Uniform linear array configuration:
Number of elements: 48
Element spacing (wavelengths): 0.25
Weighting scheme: cosine
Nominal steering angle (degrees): -15
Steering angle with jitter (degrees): -16.361
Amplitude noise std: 0.05
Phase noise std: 0.05

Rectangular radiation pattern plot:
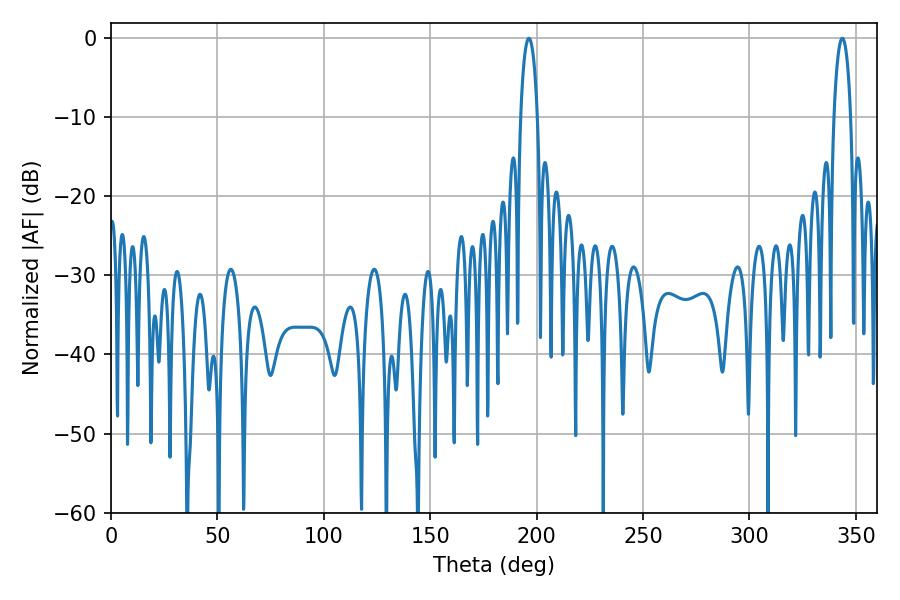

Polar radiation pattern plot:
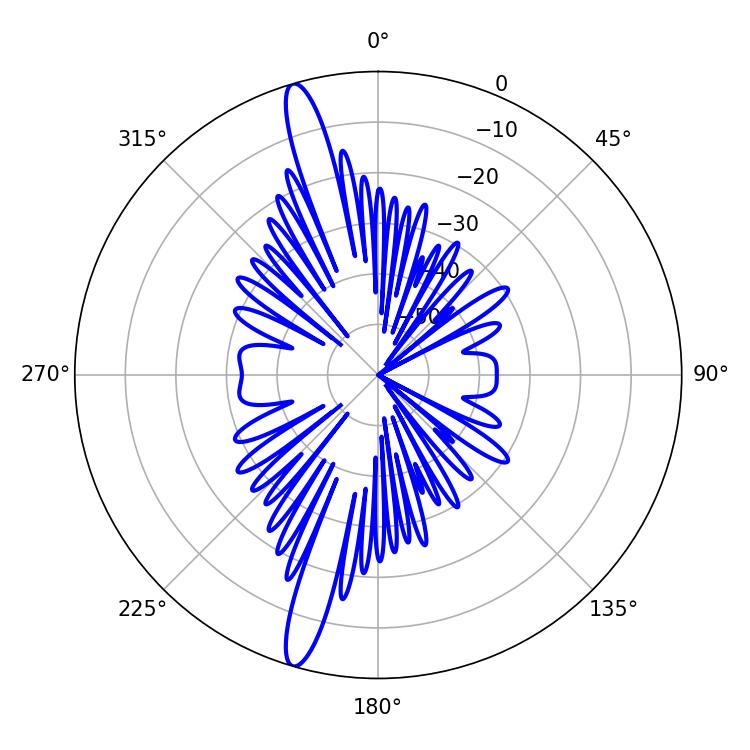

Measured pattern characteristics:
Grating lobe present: FALSE
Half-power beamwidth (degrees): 4.32
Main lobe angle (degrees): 196.38